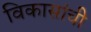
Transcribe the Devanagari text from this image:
विकासांची